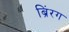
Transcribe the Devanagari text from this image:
ब्रिंरग